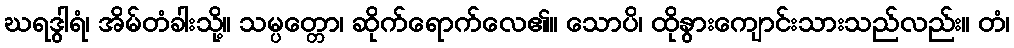
ဃရဒွါရံ၊ အိမ်တံခါးသို့။ သမ္ပတ္တော၊ ဆိုက်ရောက်လေ၏။ သောပိ၊ ထိုနွားကျောင်းသားသည်လည်း။ တံ၊